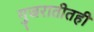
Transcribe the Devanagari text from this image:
गुजरातीतही